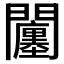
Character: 𨷠